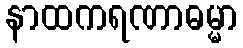
နာထကရဏာဓမ္မာ